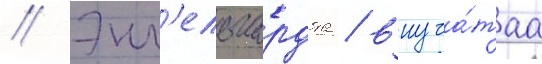
// Энг'ельгардта / внуча́таа